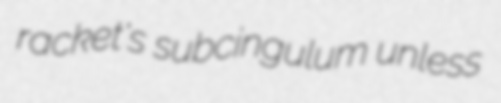
racket's subcingulum unless